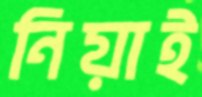
নিয়াই